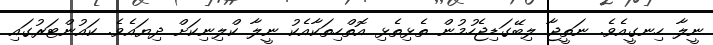
ނީލާ ހިނގީއެވެ. ނަތީޖާ ލިބޭގަޑިޖެހުމުން ތެޅިތެޅި އޮތްހިތަކާއެކު ނީލާ ކްލިނިކަށް ދިޔައެވެ. ކައުންޓަރުގައި